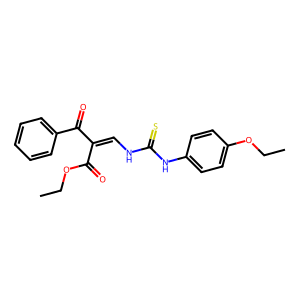
SMILES: CCOC(=O)C(=CNC(=S)Nc1ccc(OCC)cc1)C(=O)c1ccccc1
Inhibits HIV replication: No